Lunatic asylums United Prov. 1922-30 - 1922-1930
Year: 1922
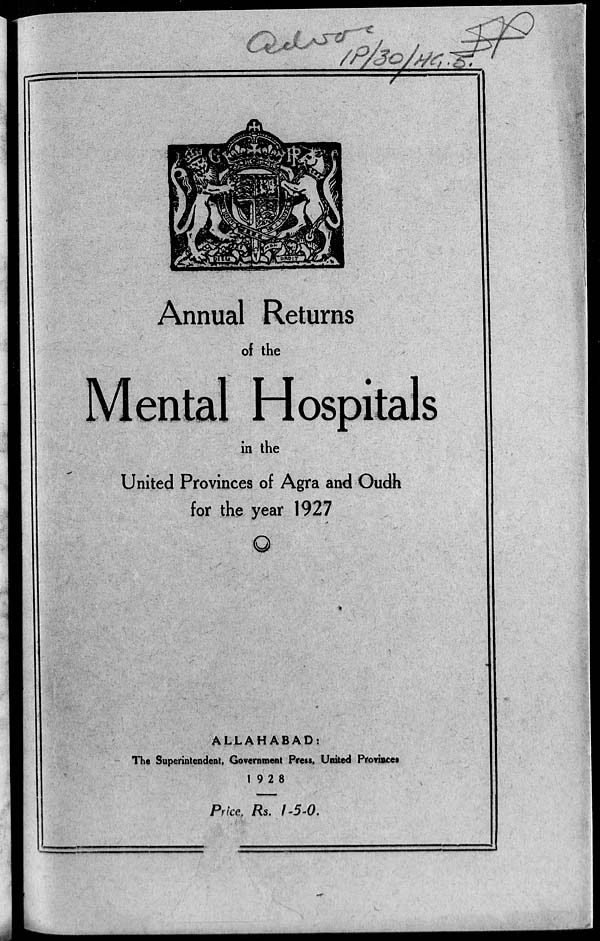
Annual Returns
of the
Mental Hospitals
in the
United Provinces of Agra and Oudh
for the year 1927
ALLAHABAD.
The Superintendent, Government Press, United Provinces
1928
Price, Rs. 1-5-0.